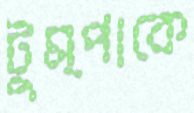
টুম্পাকে